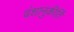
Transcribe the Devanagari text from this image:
वंशानुकीर्ति